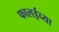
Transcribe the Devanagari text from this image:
फालईच्या